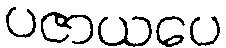
ပဇာယပေ